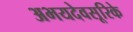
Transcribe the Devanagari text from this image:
अभयदेवसूरिके